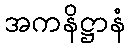
အကနိဋ္ဌာနံ